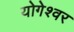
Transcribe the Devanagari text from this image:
योगेश्‍वर